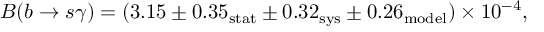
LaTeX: B ( b \rightarrow s \gamma ) = ( 3 . 1 5 \pm 0 . 3 5 _ { \mathrm { s t a t } } \pm 0 . 3 2 _ { \mathrm { s y s } } \pm 0 . 2 6 _ { \mathrm { m o d e l } } ) \times 1 0 ^ { - 4 } ,